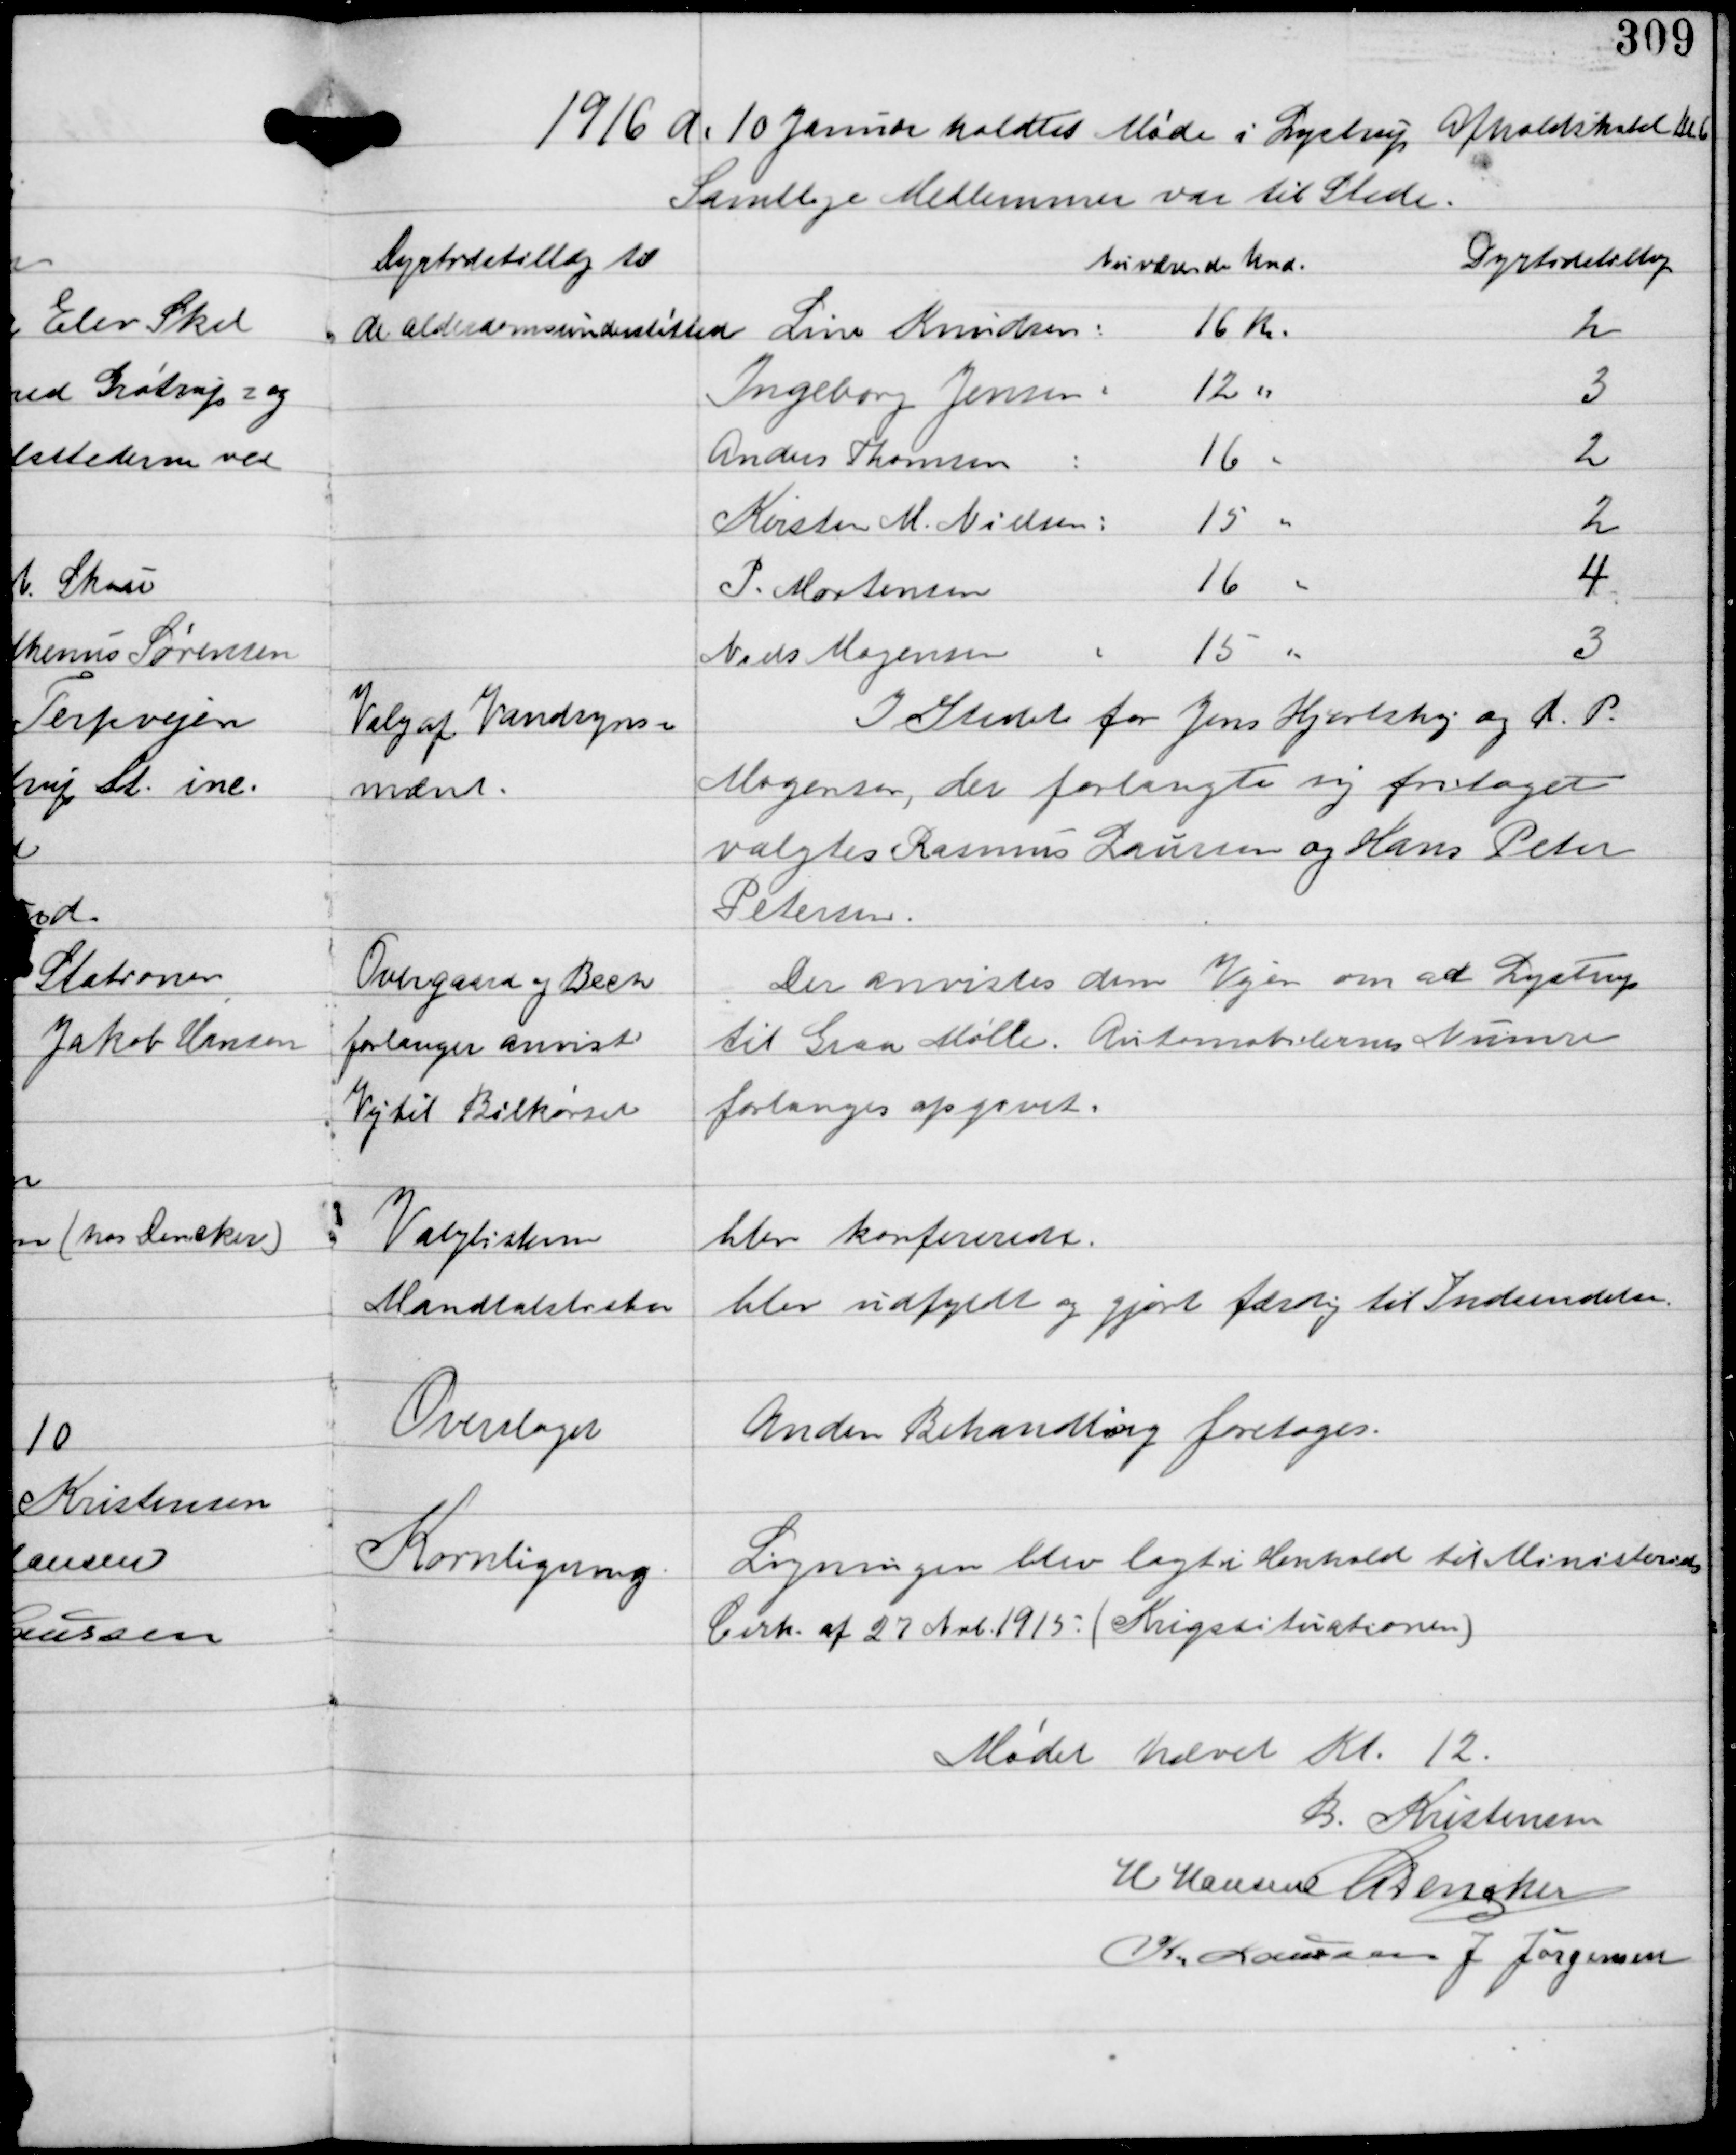
Transskription:
1916 d. 10 Januar holdtes Møde i Lystrup Afholdshotel kl. 6
Samtlige Medlemmer var til Stede.

Dyrtidstillæg til
de alderdomsunderstøttede

Valg af Vandsyns-
mænd.

I Stedet for Jens Hjortshøj og D.P.
Mogensen, der forlangte sig fritaget
valgtes Rasmus Laursen og Hans Peter
Petersen.

Overgaard og Bech
forlanger anvist
Vej til Bilkørsel

Der anvistes dem Vejen om ad Lystrup
til Egaa Mølle. Automobilernes Nummer
forlanges opgivet.

Valglisterne

blev konfererede.

Mandtalslister

blev udfyldt og gjort færdig til indsendelse.

Overslaget

Anden Behandling foretages.

Kornligning

Ligningen blev lagt i Henhold til Ministeriets
Cirk. af 27 Nrb 1915 (Krigssituationen)

Mødet hævet Kl. 12
B. Kristensen
H Hansen C Dencker
K Laursen J Jørgensen